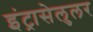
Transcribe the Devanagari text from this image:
इंट्रासेलुलर